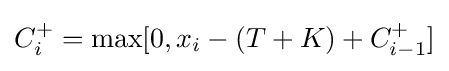
C_{i}^{+}=\max \lbrack 0,x_{i}-\left(T+K\right)+C_{i-1}^{+}\rbrack